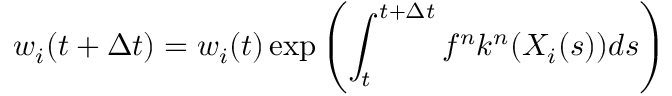
w _ { i } ( t + \Delta t ) = w _ { i } ( t ) \exp \left( \int _ { t } ^ { t + \Delta t } f ^ { n } k ^ { n } ( X _ { i } ( s ) ) d s \right)